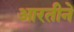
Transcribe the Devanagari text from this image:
आरतीने